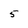
Character: 5